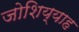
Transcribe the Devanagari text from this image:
जोशिय्याह